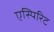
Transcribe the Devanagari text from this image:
एस्पिरिट